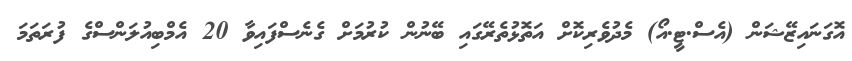
އޮގަނައިޒޭޝަން (އެސް.ޓީ.އޯ) މެދުވެރިކޮށް އަތޮޅުތެރޭގައި ބޭނުން ކުރުމަށް ގެނެސްފައިވާ 20 އެމްބިއުލަންސްގެ ފުރަތަމަ